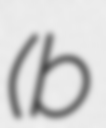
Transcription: (b